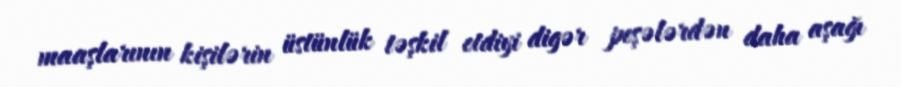
maaşlarının kişilərin üstünlük təşkil etdiyi digər peşələrdən daha aşağı